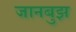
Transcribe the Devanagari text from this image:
जानबुझ